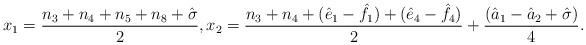
LaTeX: \begin{align*}x_1=\frac{n_3+n_4+n_5+n_8+\hat\sigma}{2}, x_2=\frac{n_3+n_4+(\hat e_1-\hat f_1)+(\hat e_4-\hat f_4)}{2}+\frac{(\hat a_1-\hat a_2+\hat\sigma)}{4}.\end{align*}